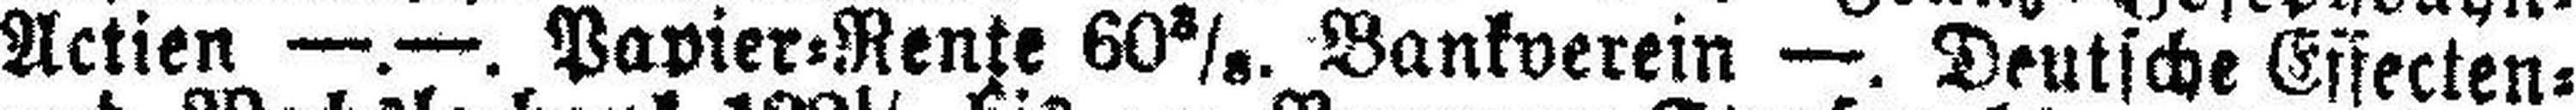
Actien —.—. Papier=Rente 60 3/8. Bankverein —. Deutsche Effecten=